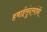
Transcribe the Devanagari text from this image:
हवाईसुंदर्‍यांंनी